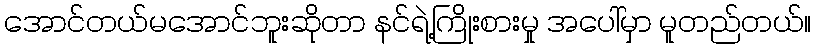
အောင်တယ်မအောင်ဘူးဆိုတာ နင်ရဲ့ကြိုးစားမှု အပေါ်မှာ မူတည်တယ်။